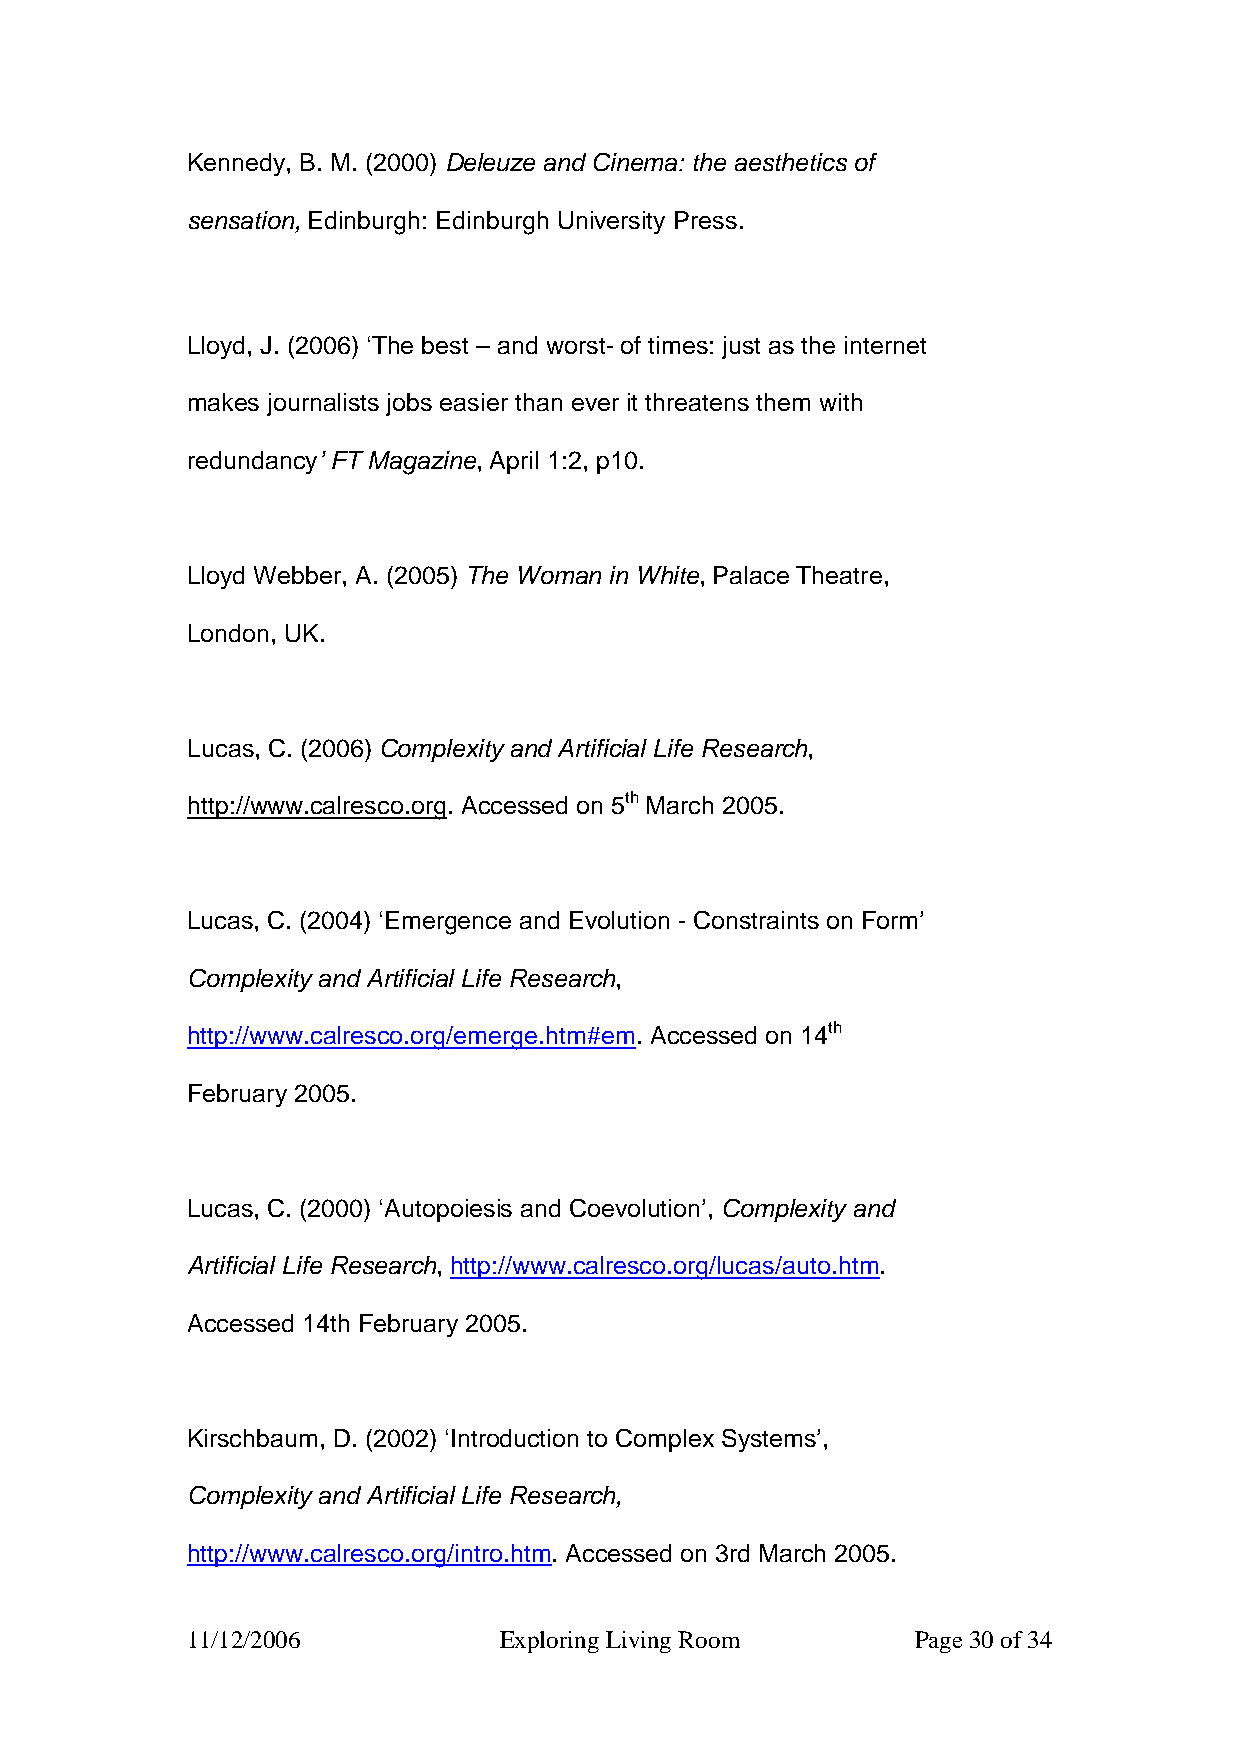
Kennedy, B. M. (2000) Deleuze and Cinema: the aesthetics of
 sensation, Edinburgh: Edinburgh University Press.
 Lloyd, J. (2006) ‘The best – and worst- of times: just as the internet
 makes journalists jobs easier than ever it threatens them with
 redundancy’ FT Magazine, April 1:2, p10.
 Lloyd Webber, A. (2005) The Woman in White, Palace Theatre,
 London, UK.
 Lucas, C. (2006) Complexity and Artificial Life Research,
 http://www.calresco.org. Accessed on 5th March 2005.
 Lucas, C. (2004) ‘Emergence and Evolution - Constraints on Form’
 Complexity and Artificial Life Research,
 http://www.calresco.org/emerge.htm#em. Accessed on 14th
 February 2005.
 Lucas, C. (2000) ‘Autopoiesis and Coevolution’, Complexity and
 Artificial Life Research, http://www.calresco.org/lucas/auto.htm.
 Accessed 14th February 2005.
 Kirschbaum, D. (2002) ‘Introduction to Complex Systems’,
 Complexity and Artificial Life Research,
 http://www.calresco.org/intro.htm. Accessed on 3rd March 2005.
 11/12/2006           Exploring Living Room       Page 30 of 34